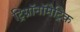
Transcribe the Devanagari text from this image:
ट्रिग्नॉनॉमेट्रिक